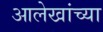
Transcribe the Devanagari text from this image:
आलेखांच्या